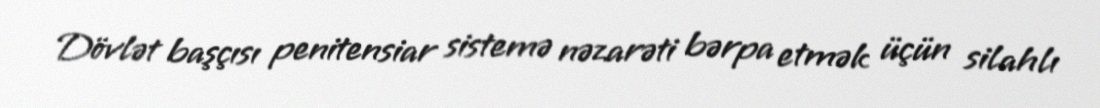
Dövlət başçısı penitensiar sistemə nəzarəti bərpa etmək üçün silahlı